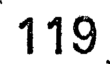
119